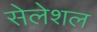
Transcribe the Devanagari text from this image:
सेलेशल